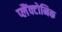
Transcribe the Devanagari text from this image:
प्लैंक्टोनिक